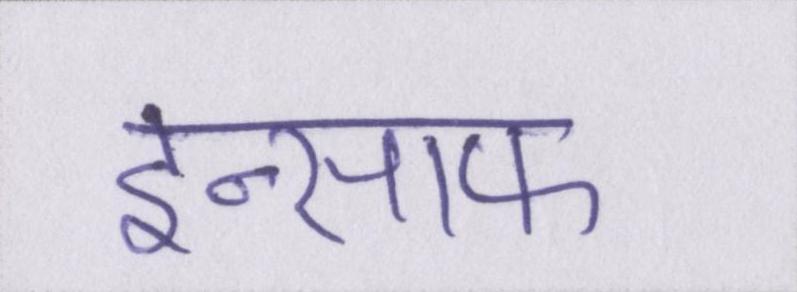
इन्साफ